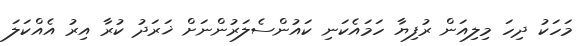
މަހަކު ދިހަ މިލިއަން ރުފިޔާ ހަމައެކަނި ކައުންސެލަރުންނަށް ޚަރަދު ކުރާ އިރު އެއްކަލަ